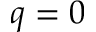
q = 0